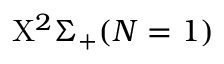
\mathrm { X } ^ { 2 } \Sigma _ { + } ( N = 1 )